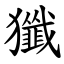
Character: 㺤